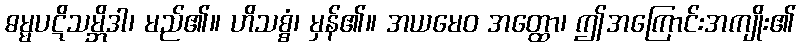
ဓမ္မပဋိသမ္ဘိဒါ၊ မည်၏။ ဟိသစ္စံ၊ မှန်၏။ အယမေဝ အတ္ထော၊ ဤအကြောင်းအကျိုး၏